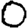
Digit: 0